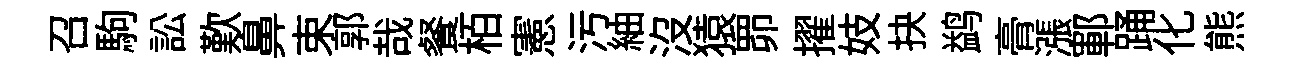
召駒訟歎鼻束郭哉餐栢憲污紬沒猿𦊑擢妓抉鹢𮌔漲鄆踊化熊